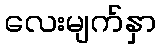
လေးမျက်နှာ